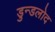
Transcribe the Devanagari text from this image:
डुन्डलोद